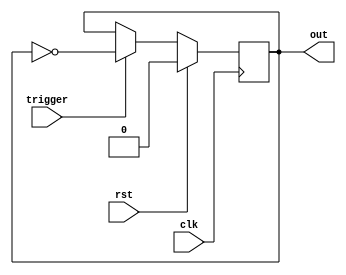

`ifndef SWITCH_MODULE
`define SWITCH_MODULE

module switch(input  clk,
			  input  rst,
			  input  trigger,
			  output out);

   reg 				 out_reg;

   assign out = out_reg;
   
   always @(posedge clk)
	 if (rst)
	   out_reg <= 0;
	 else if (trigger)
	   out_reg <= ~out_reg;
   
endmodule

`endif